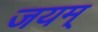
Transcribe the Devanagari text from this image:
जयम्